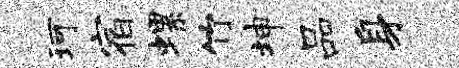
珂宿螺竹坤品身